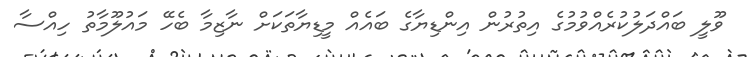
ވޫލީ ބައްދަލުކުރެއްވުމުގެ އިތުރުން އިންޑިޔާގެ ބައެއް މީޑިޔާތަކަށް ނާޒިމާ ބެހޭ މައުލޫމާތު ހިއްސާ